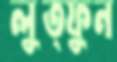
লুত্ফুন